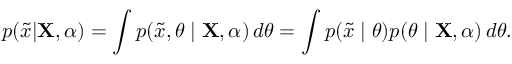
p ( { \tilde { x } } | \mathbf { X } , \alpha ) = \int p ( { \tilde { x } } , \theta \mid \mathbf { X } , \alpha ) \, d \theta = \int p ( { \tilde { x } } \mid \theta ) p ( \theta \mid \mathbf { X } , \alpha ) \, d \theta .